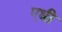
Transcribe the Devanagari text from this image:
एधी